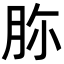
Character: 𦙳